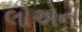
લૌએન